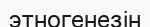
этногенезін